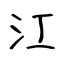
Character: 江